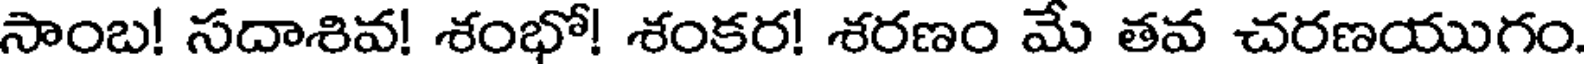
సాంబ! సదాశివ! శంభో! శంకర! శరణం మే తవ చరణయుగం